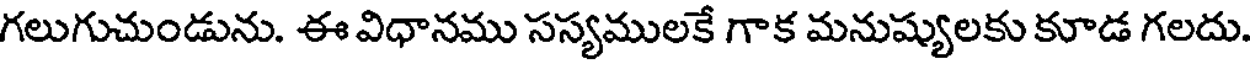
గలుగుచుండును. ఈ విధానము సస్యములకే గాక మనుష్యులకు కూడ గలదు.